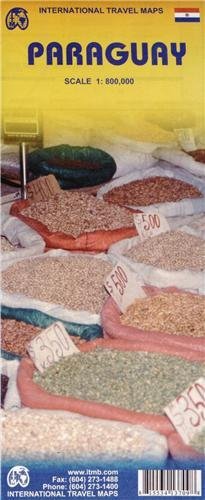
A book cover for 1. Paraguay Travel Reference Map 1:800, 000 (International Travel Maps) [Map] [2010] (Author) International Travel maps; Travel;